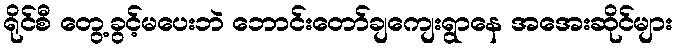
ရိုင်စီ တွေ့ခွင့်မပေးဘဲ ဘောင်းတော်ချကျေးရွာနေ အအေးဆိုင်များ